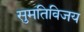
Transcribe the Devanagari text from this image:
सुमतिविजय